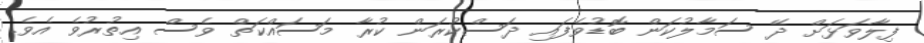
ފިލާވަޅަށް ދޭ ސަމާލުކަން ބޮޑުވެފައި ދަސްކުރަން ކުރާ މަސައްކަތް ވެސް އިތުރުވެ އެވެ.